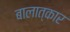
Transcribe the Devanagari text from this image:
बालात्कार